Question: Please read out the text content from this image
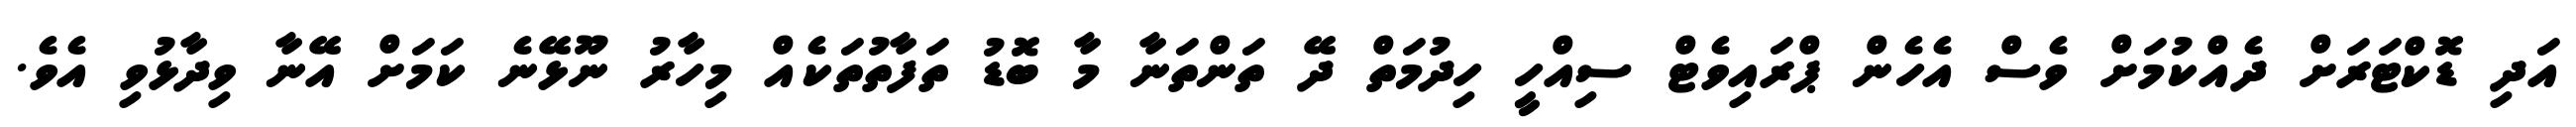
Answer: އަދި ޑޮކްޓަރަށް ދެއްކުމަށް ވެސް އެހެން ޕްރައިވެޓް ސިއްހީ ހިދުމަތް ދޭ ތަންތަނާ މާ ބޮޑު ތަފާތުތަކެއް މިހާރު ނޫޅޭނެ ކަމަށް އޭނާ ވިދާޅުވި އެވެ.